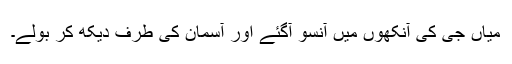
میاں جی کی آنکھوں میں آنسو آگئے اور آسمان کی طرف دیکھ کر بولے۔